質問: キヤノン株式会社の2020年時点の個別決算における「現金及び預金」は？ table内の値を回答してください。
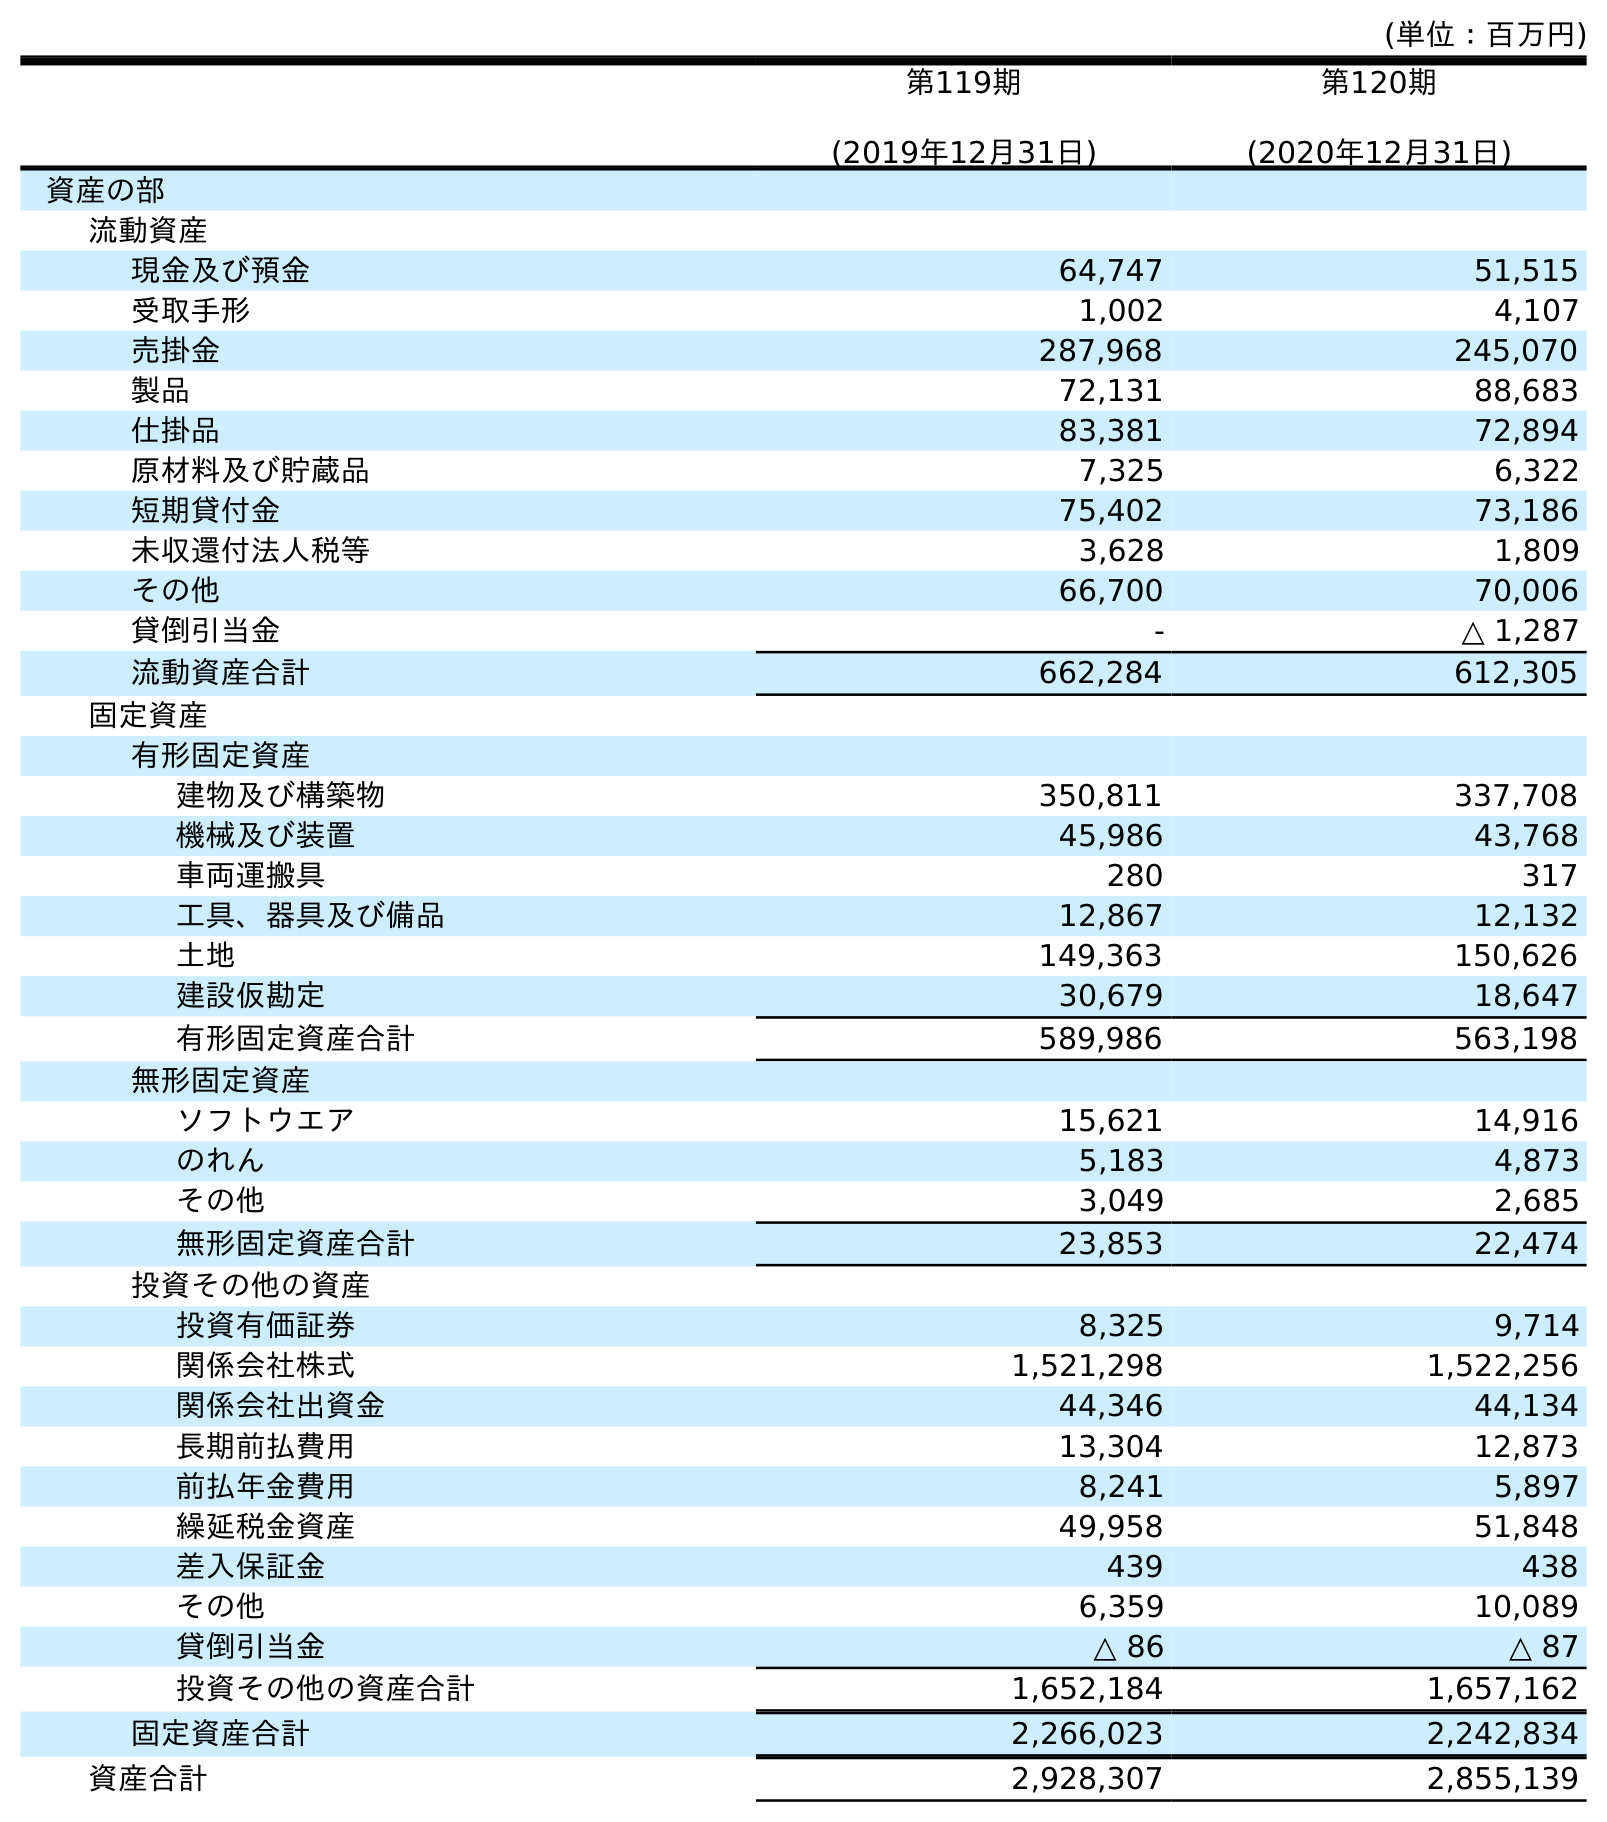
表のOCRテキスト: (単位：百万円) 第119期 (2019年12月31日) 第120期 (2020年12月31日) 資産の部 流動資産 現金及び預金 64,747 51,515 受取手形 1,002 4,107 売掛金 287,968 245,070 製品 72,131 88,683 仕掛品 83,381 72,894 原材料及び貯蔵品 7,325 6,322 短期貸付金 75,402 73,186 未収還付法人税等 3,628 1,809 その他 66,700 70,006 貸倒引当金 - △ 1,287 流動資産合計 662,284 612,305 固定資産 有形固定資産 建物及び構築物 350,811 337,708 機械及び装置 45,986 43,768 車両運搬具 280 317 工具、器具及び備品 12,867 12,132 土地 149,363 150,626 建設仮勘定 30,679 18,647 有形固定資産合計 589,986 563,198 無形固定資産 ソフトウエア 15,621 14,916 のれん 5,183 4,873 その他 3,049 2,685 無形固定資産合計 23,853 22,474 投資その他の資産 投資有価証券 8,325 9,714 関係会社株式 1,521,298 1,522,256 関係会社出資金 44,346 44,134 長期前払費用 13,304 12,873 前払年金費用 8,241 5,897 繰延税金資産 49,958 51,848 差入保証金 439 438 その他 6,359 10,089 貸倒引当金 △ 86 △ 87 投資その他の資産合計 1,652,184 1,657,162 固定資産合計 2,266,023 2,242,834 資産合計 2,928,307 2,855,139
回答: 51,515